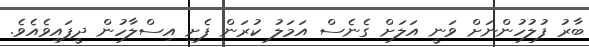
ބާރު ފުލުހުންނަށް ވަނީ އަލަށް ގެނެސް އަމަލު ކުރަން ފެށި އިސްލާހުން ދީފައިވެއެވެ.